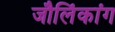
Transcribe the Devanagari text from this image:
जौलिंकांग